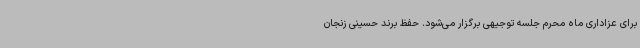
برای عزاداری ماه محرم جلسه توجیهی برگزار می‌شود. حفظ برند حسینی زنجان